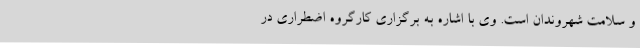
و سلامت شهروندان است. وی با اشاره به برگزاری کارگروه‌ اضطراری در